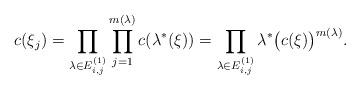
LaTeX: \begin{align*}c(\xi_j)&=\prod_{\lambda\in E_{i,j}^{(1)}}\prod_{j=1}^{m(\lambda)}c(\lambda^*(\xi))=\prod_{\lambda\in E_{i,j}^{(1)}}\lambda^*\big(c(\xi)\big)^{m(\lambda)}.\end{align*}